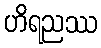
ဟိရညဿ